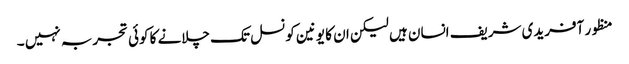
منظور آفریدی شریف انسان ہیں لیکن ان کا یونین کونسل تک چلانے کا کوئی تجربہ نہیں ۔